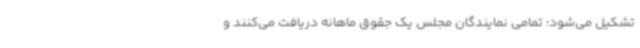
تشکیل می‌شود؛ تمامی نمایندگان مجلس یک جقوق ماهانه دریافت می‌کنند و